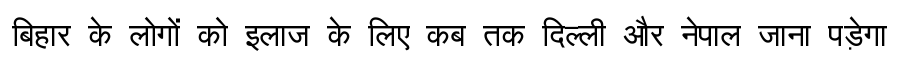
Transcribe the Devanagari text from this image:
बिहार के लोगों को इलाज के लिए कब तक दिल्ली और नेपाल जाना पड़ेगा